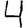
Digit: 4